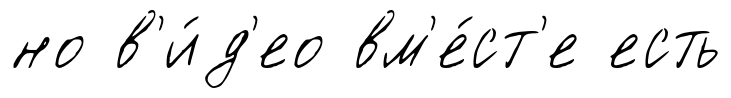
но в'и́д'ео вм'е́ст'е есть